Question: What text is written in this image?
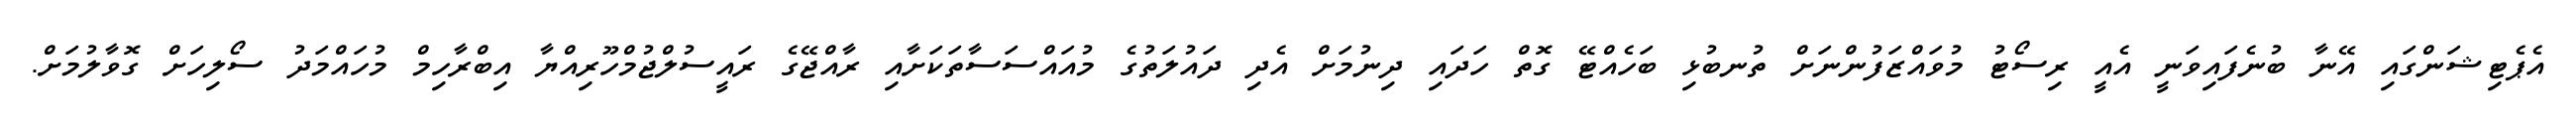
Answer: އެޕެޓިޝަންގައި އޭނާ ބުނެފައިވަނީ އެއީ ރިސޯޓު މުވައްޒަފުންނަށް ތުނބުޅި ބަހެއްޓޭ ގޮތް ހަދައި ދިނުމަށް އެދި ދައުލަތުގެ މުއައްސަސާތަކަށާއި ރާއްޖޭގެ ރައީސުލްޖުމްހޫރިއްޔާ އިބްރާހިމް މުހައްމަދު ސޯލިހަށް ގޮވާލުމަށް.